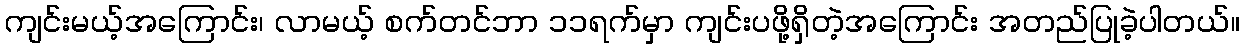
ကျင်းမယ့်အကြောင်း၊ လာမယ့် စက်တင်ဘာ ၁၁ရက်မှာ ကျင်းပဖို့ရှိတဲ့အကြောင်း အတည်ပြုခဲ့ပါတယ်။